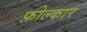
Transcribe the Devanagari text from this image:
फ़ोल्कार